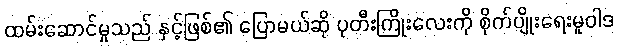
ထမ်းဆောင်မှုသည် နှင့်ဖြစ်၏ ပြောမယ်ဆို ပုတီးကြိုးလေးကို စိုက်ပျိုးရေးမူဝါဒ